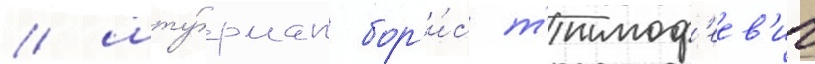
/ шту́рман бор'и́с т'имоф'еев'ич